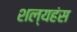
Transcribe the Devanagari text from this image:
शल्यहंस